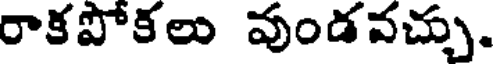
రాకపోకలు వుండవచ్చు.